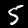
Label: 5